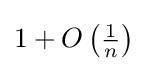
{\textstyle 1+O\left({\frac {1}{n}}\right)}